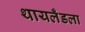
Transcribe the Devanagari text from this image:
थायलँडला